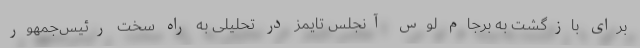
برای بازگشت به برجام لوس آنجلس تایمز در تحلیلی به راه سخت رئیس‌جمهور